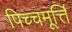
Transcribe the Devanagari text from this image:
पिच्चमूर्त्ति